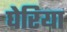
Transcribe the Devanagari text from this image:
घेरिया